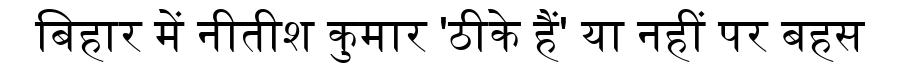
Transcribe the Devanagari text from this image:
बिहार में नीतीश कुमार 'ठीके हैं' या नहीं पर बहस